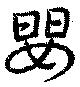
嬰